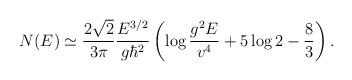
LaTeX: \begin{align*}N(E) \simeq {2 \sqrt{2} \over 3 \pi} {E^{3/2}\over g \hbar^2}\left( \log{g^2 E \over v^4} + 5\log2 - {8\over3} \right).\end{align*}